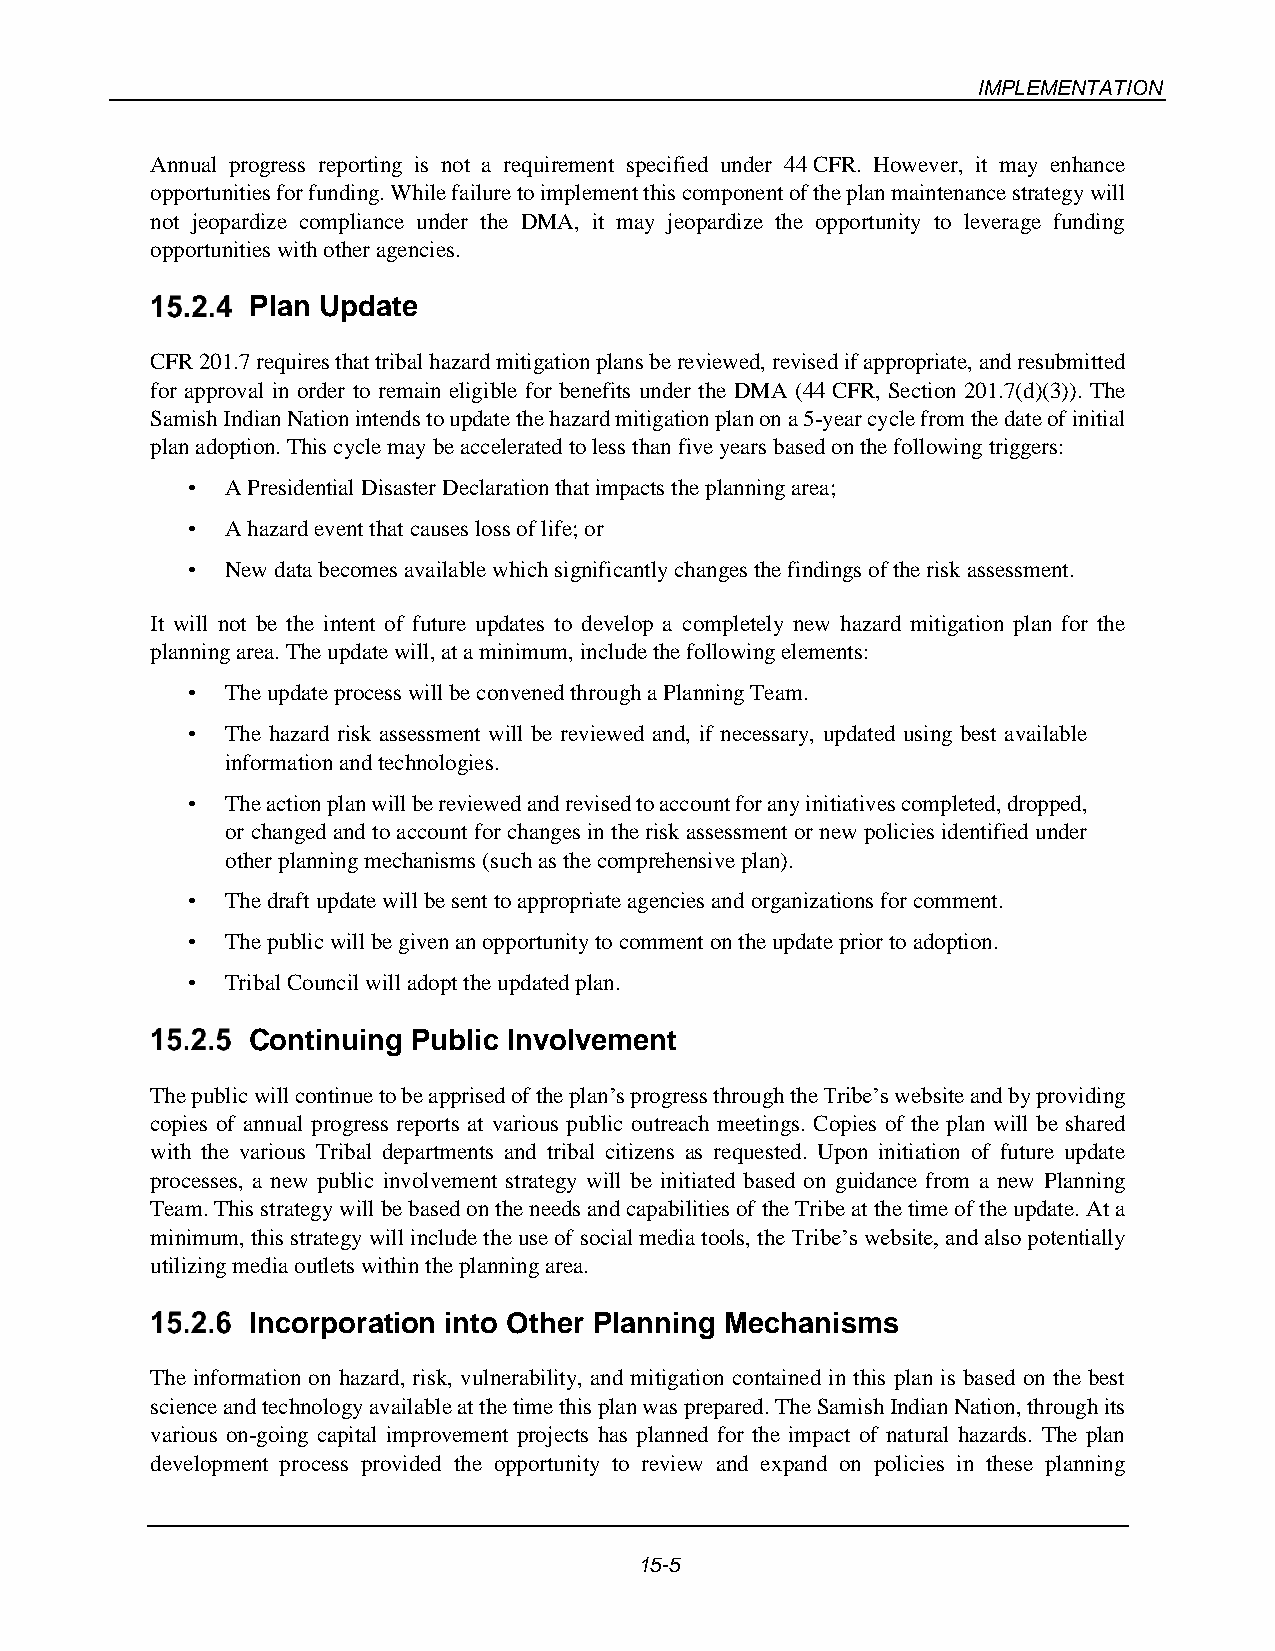
IMPLEMENTATION
 Annual progress reporting is not a requirement specified under 44 CFR. However, it may enhance
 opportunities for funding. While failure to implement this component of the plan maintenance strategy will
 not jeopardize compliance under the DMA, it may jeopardize the opportunity to leverage funding
 opportunities with other agencies.
 Plan Update
 CFR 201.7 requires that tribal hazard mitigation plans be reviewed, revised if appropriate, and resubmitted
 for approval in order to remain eligible for benefits under the DMA (44 CFR, Section 201.7(d)(3)). The
 Samish Indian Nation intends to update the hazard mitigation plan on a 5-year cycle from the date of initial
 plan adoption. This cycle may be accelerated to less than five years based on the following triggers:
 •  A Presidential Disaster Declaration that impacts the planning area;
 •  A hazard event that causes loss of life; or
 •  New data becomes available which significantly changes the findings of the risk assessment.
 It will not be the intent of future updates to develop a completely new hazard mitigation plan for the
 planning area. The update will, at a minimum, include the following elements:
 •  The update process will be convened through a Planning Team.
 •  The hazard risk assessment will be reviewed and, if necessary, updated using best available
 information and technologies.
 •  The action plan will be reviewed and revised to account for any initiatives completed, dropped,
 or changed and to account for changes in the risk assessment or new policies identified under
 other planning mechanisms (such as the comprehensive plan).
 •  The draft update will be sent to appropriate agencies and organizations for comment.
 •  The public will be given an opportunity to comment on the update prior to adoption.
 •  Tribal Council will adopt the updated plan.
 Continuing Public Involvement
 The public will continue to be apprised of the plan’s progress through the Tribe’s website and by providing
 copies of annual progress reports at various public outreach meetings. Copies of the plan will be shared
 with the various Tribal departments and tribal citizens as requested. Upon initiation of future update
 processes, a new public involvement strategy will be initiated based on guidance from a new Planning
 Team. This strategy will be based on the needs and capabilities of the Tribe at the time of the update. At a
 minimum, this strategy will include the use of social media tools, the Tribe’s website, and also potentially
 utilizing media outlets within the planning area.
 Incorporation into Other Planning Mechanisms
 The information on hazard, risk, vulnerability, and mitigation contained in this plan is based on the best
 science and technology available at the time this plan was prepared. The Samish Indian Nation, through its
 various on-going capital improvement projects has planned for the impact of natural hazards. The plan
 development process provided the opportunity to review and expand on policies in these planning
 15-5